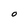
Character: O